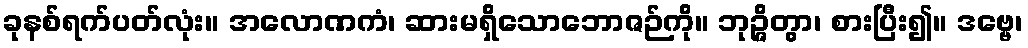
ခုနစ်ရက်ပတ်လုံး။ အလောဏကံ၊ ဆားမရှိသောဘောဇဉ်ကို။ ဘုဉ္ဇိတွာ၊ စားပြီး၍။ ဒဗ္ဗေ၊